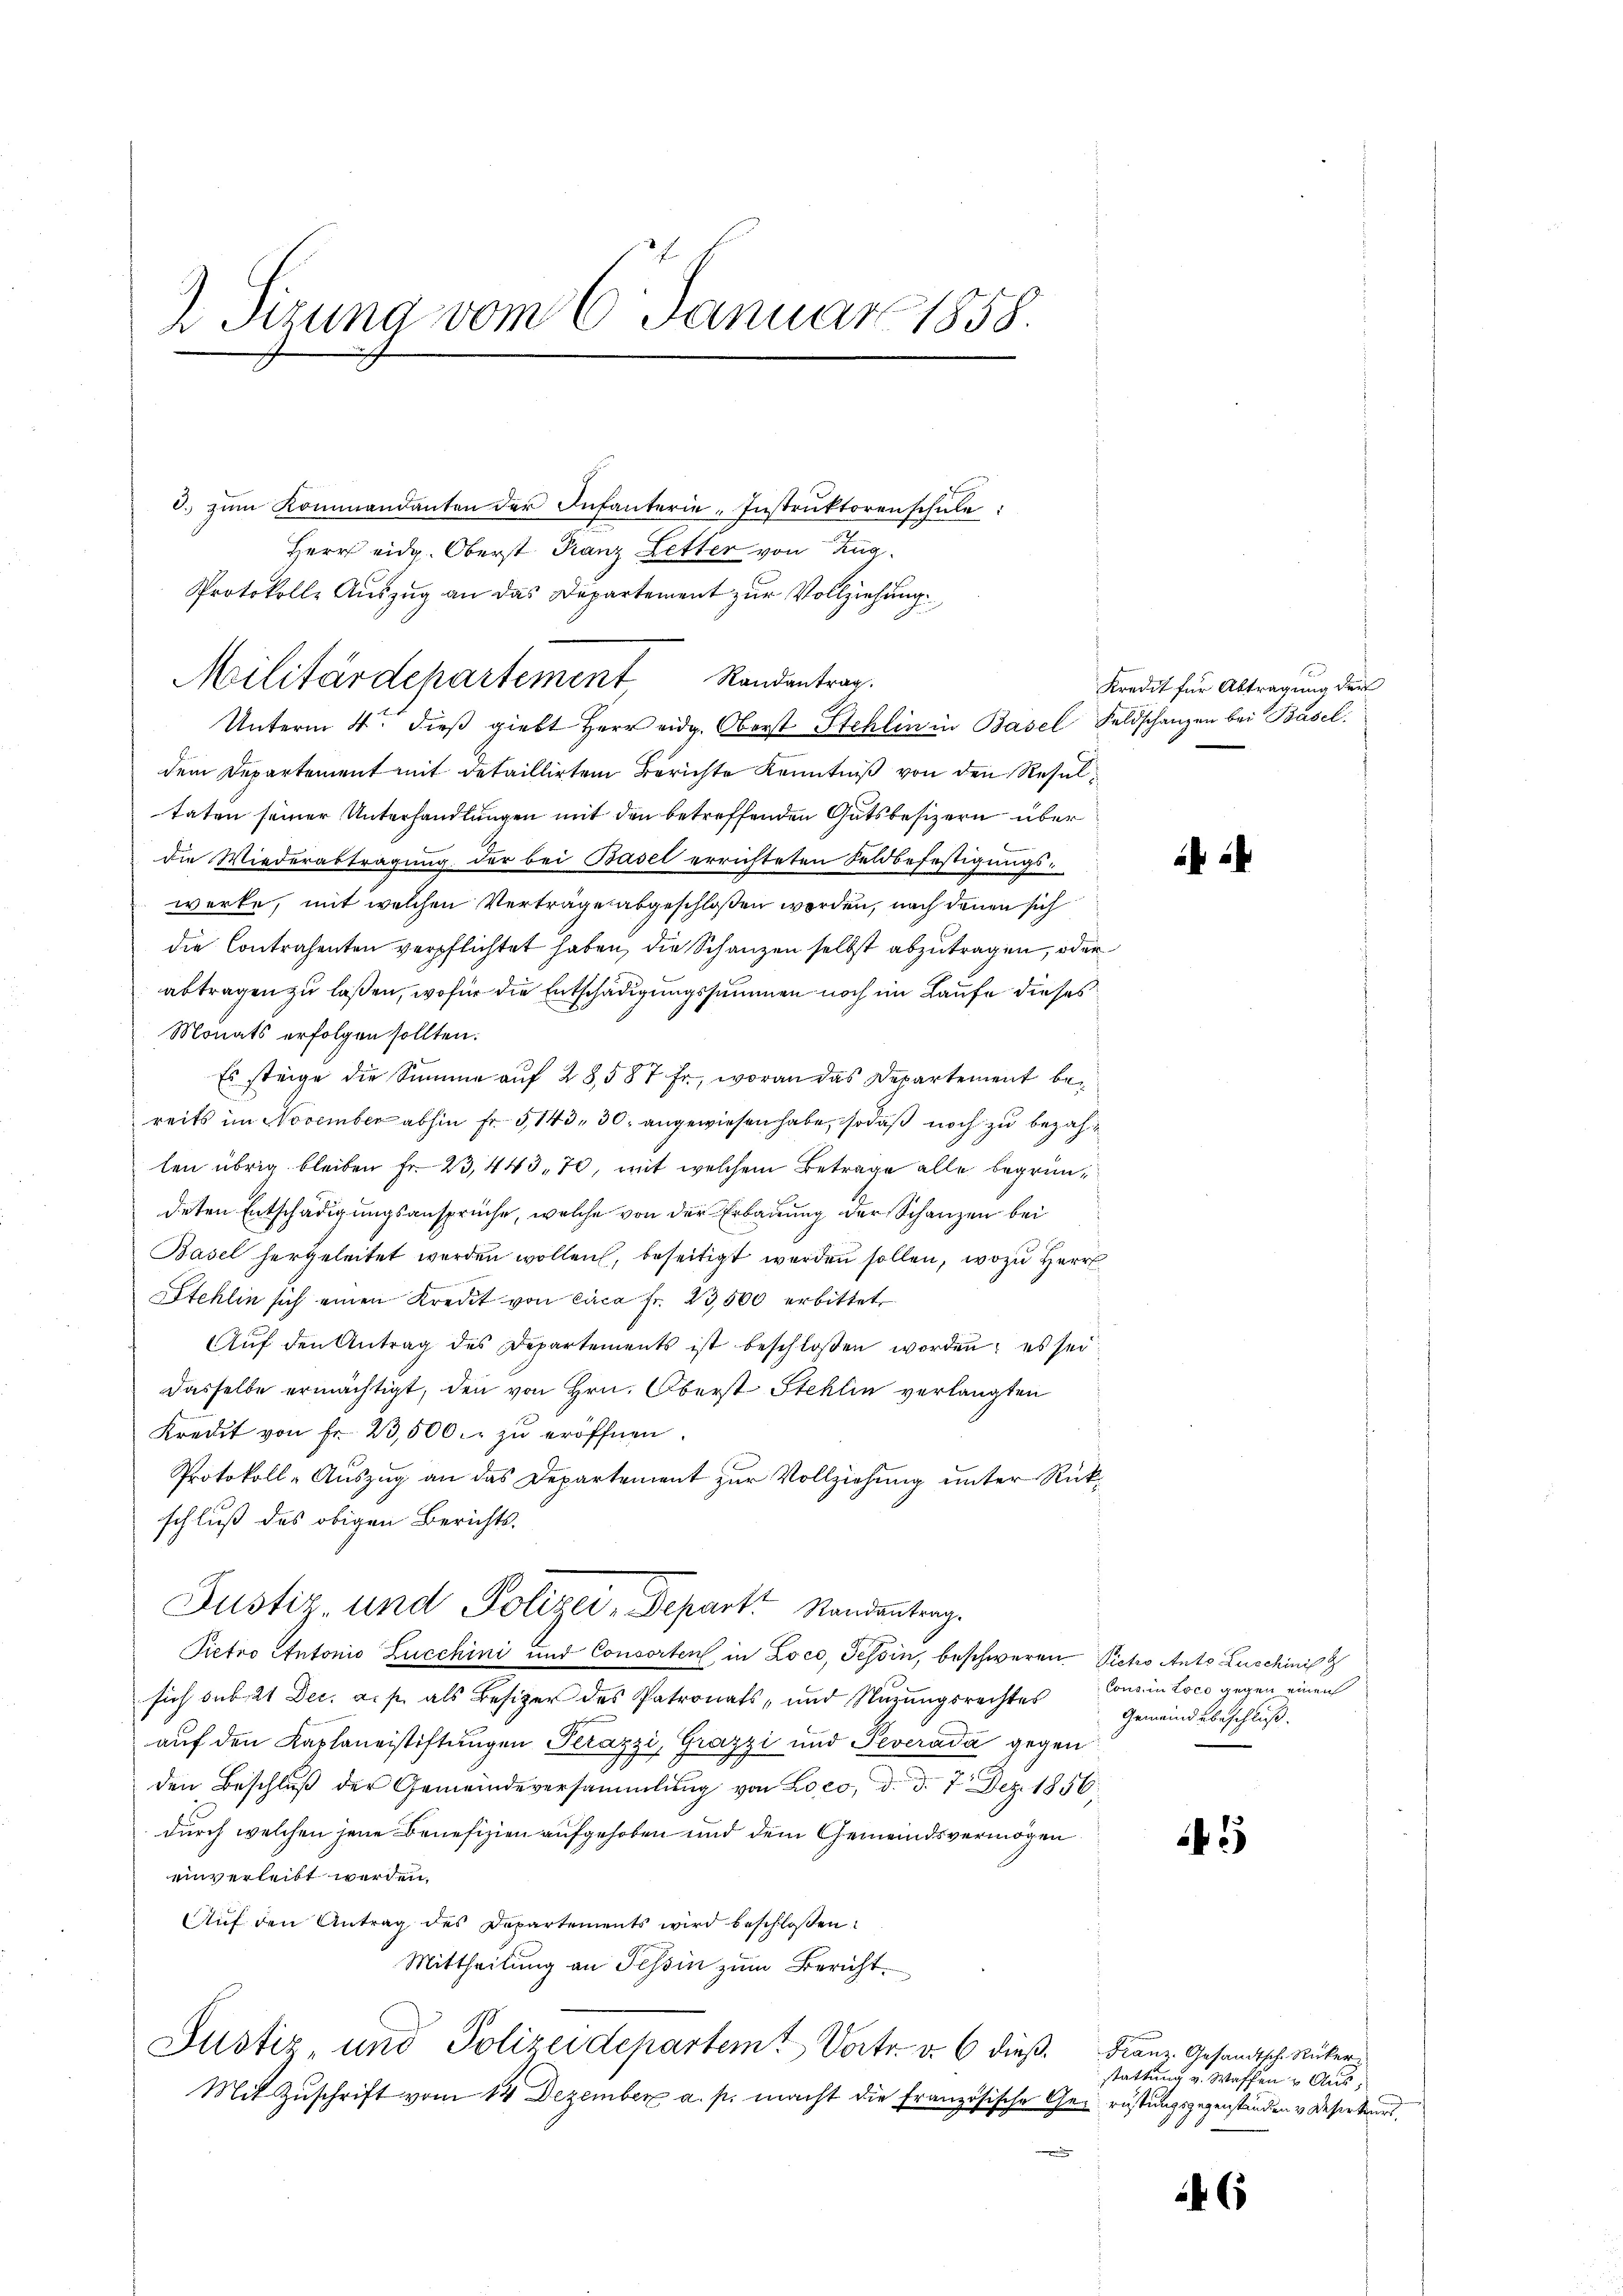
2 Sizung vom 6. Januar 1858.

0. zŭm Kommandanten der Infanterie-Instruktorenschule:
Unterm 4. dieβ giebt Herr eidg. Oberst Stehlin in Basel Feldschanzen bei Basel
dem Departement mit detaillirten Berichte Kenntniß von den Resultaten seiner Unterhandlungen mit den betreffenden Gutsbesizern über
die Wiederabtragung der bei Basel errichteten Feldbefestigungswerke, mit welchen Verträge abgeschloßen worden, nach denen sich
die Contrahenten verpflichtet haben, die Schanzen selbst abzutragen, oder
abtragen zu laßen, wofür die Entschädigungssummen noch im Laufe dieses
Monats erfolgen sollten.
Es steige die Summe auf 28 587 Fr., woran das Departement bereits im November abhin Fr. 5143, 30. angewiesen habe, sodaß noch zu bezahlen übrig bleiben Fr. 23, 443, 70, mit welchem Betrage alle begründeten Entschädigungsansprüche, welche von der Erbauung der Schanzen bei
1
Basel hergeleitet werden wollen, beseitigt werden sollen, wozu Herr
Stehlin sich einen Kredit von circa Fr. 23,500 erbittet
Auf den Antrag des Departements ist beschlossen worden; es sei
Dasselbe ermächtigt, den von Hrn. Oberst Stehlin verlangten
Kredit von fr. 23,500. zŭ eröffnen.
Protokoll-Auszug an das Departement zur Vollziehung unter Rückschluß des obigen Berichts-
Justiz- und Polizei-Departe Standentrag.
Pietro Antonio Zucchini und Consorten in Loco, Tessin, beschweren Pietro Anton Zuschinis
sich sub. 21 Dec. a. p. als Besitzer des Patronats- und Wurungsrechtes Consein loco gegen einen
auf den Kassauerstiftungen Perazzi, Grazzi und Teveráda gegen
den Beschlŭβ der Gemeindeversammlung von Loco, d. d. 7. Dez. 1856
durch welchen jene Benefizien aufgehoben und dem Gemeindsvermögen
einverleibt werden,
Auf den Antrag des Departements wird beschloßen:
Mittheilung an Tessin zum Bericht.
Justiz und Polizeidepartemt Vortr. v. 6 dieß¬
Mit Zuschrift vom 14. Dezember a. p. macht die Französische Ge- rüstungsgegenständen v. Deser wird,

Herr eidg. Oberst Franz Letter von Zug.
Protokolle Auszug an das Departement zur Vollziehung
Militärdepartement Randantrag.

Kredit für Abtragung der

Gemeindebeschluß.

2

Franz. Gesandtsche Rücker
stattung v. Waffen & Aus¬